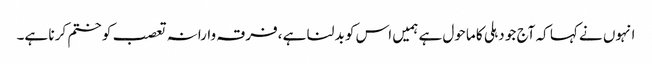
انہوں نے کہا کہ آج جو دہلی کا ماحول ہے ہمیں اس کو بد لنا ہے ،فرقہ وارانہ تعصب کو ختم کر نا ہے۔